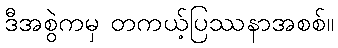
ဒီအစွဲကမှ တကယ့်ပြဿနာအစစ်။